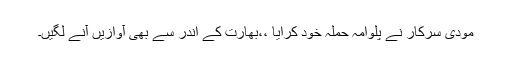
مودی سرکار نے پلوامہ حملہ خود کرایا ،،بھارت کے اندر سے بھی آوازیں آنے لگیں۔